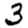
Digit: 3